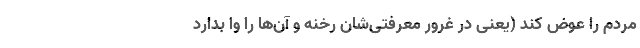
مردم را عوض کند (یعنی در غرور معرفتی‌شان رخنه و آن‌ها را وا بدارد